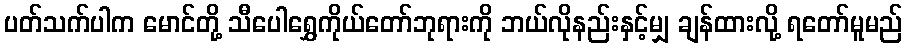
ပတ်သက်ပါက မောင်တို့ သီပေါရွှေကိုယ်တော်ဘုရားကို ဘယ်လိုနည်းနှင့်မျှ ချန်ထားလို့ ရတော်မူမည်